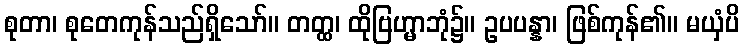
စုတာ၊ စုတေကုန်သည်ရှိသော်။ တတ္ထ၊ ထိုဗြဟ္မာဘုံ၌။ ဥပပန္နာ၊ ဖြစ်ကုန်၏။ မယှံပိ